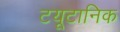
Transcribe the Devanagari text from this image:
टयूटानिक